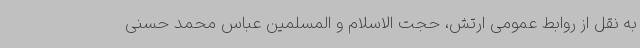
به نقل از روابط عمومی ارتش، حجت الاسلام و المسلمین عباس محمد حسنی